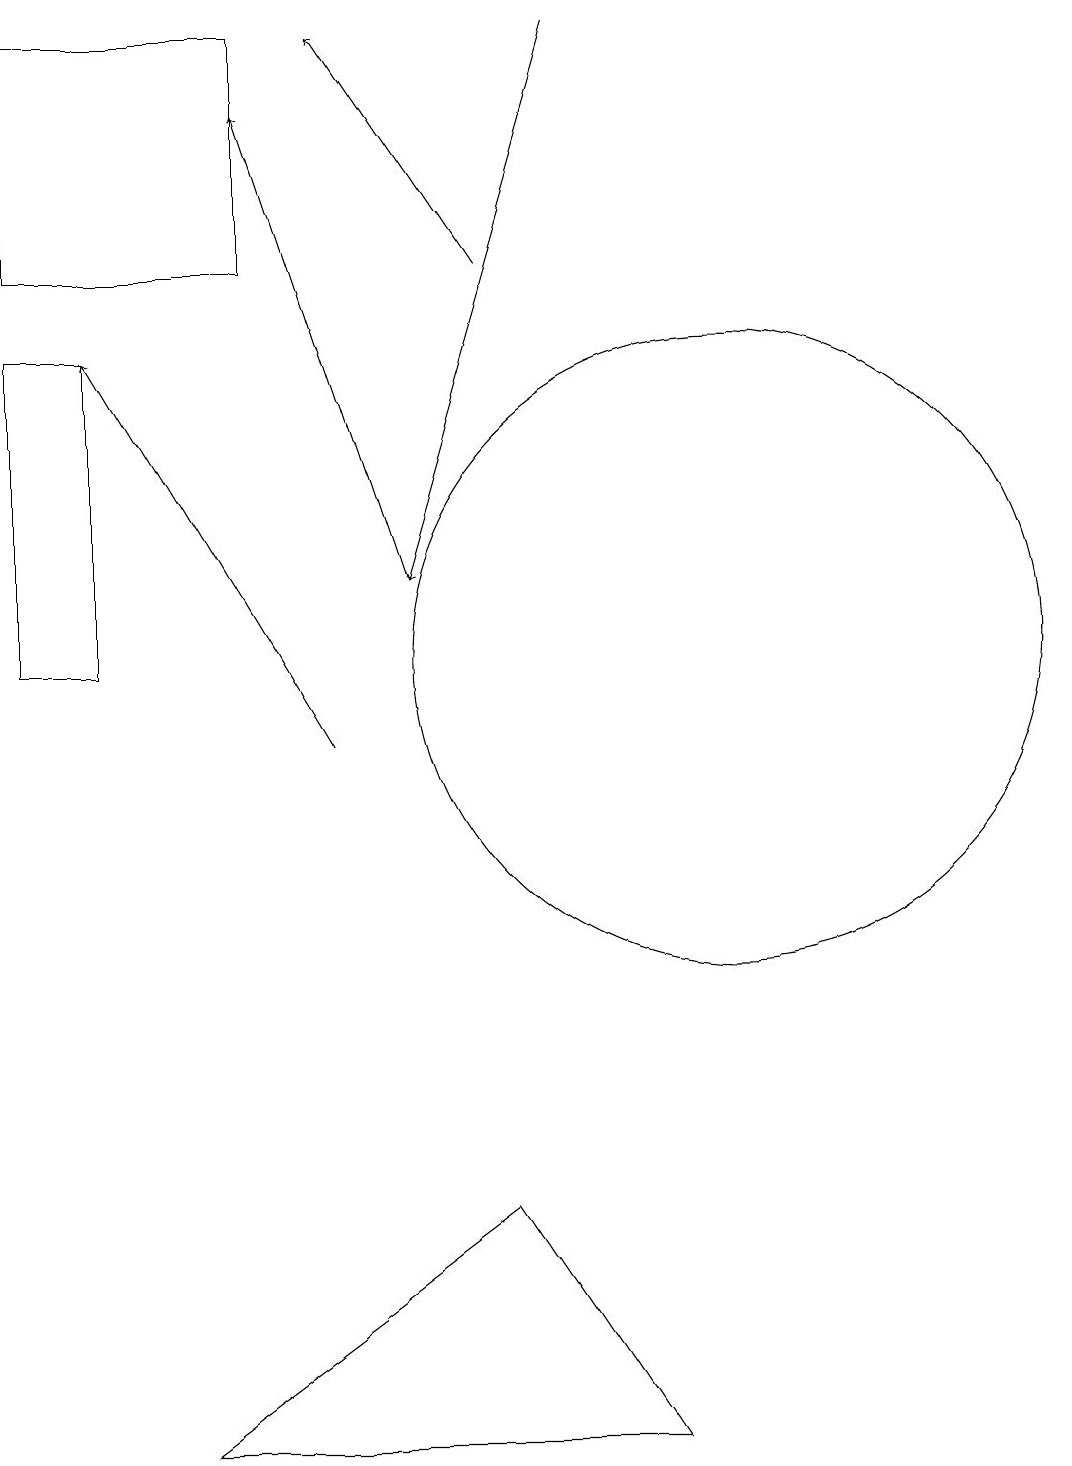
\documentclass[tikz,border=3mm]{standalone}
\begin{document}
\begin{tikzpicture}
\draw (1,19) rectangle (4,16);
\draw (10,11) circle (4);
\draw[->] (7,16) -- (5,19);
\draw[->] (6,12) -- (4,18);
\draw[->] (5,10) -- (2,15);
\draw (2,11) rectangle (1,15);
\draw[->] (8,19) -- (6,12);
\draw (3,1) -- (9,1) -- (7,4) -- cycle;
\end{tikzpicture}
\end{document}